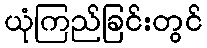
ယုံကြည်ခြင်းတွင်